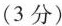
(3分)